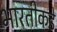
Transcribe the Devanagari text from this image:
भारतीकडे